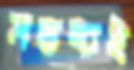
মন্তব্যই